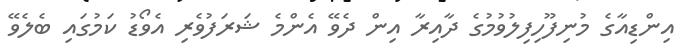
އިންޑިއާގެ މުނިފޫހިފިލުވުމުގެ ދާއިރާ އިން ދެވޭ އެންމެ ޝަރަފުވެރި އެވޯޑު ކަމުގައި ބެލެވޭ